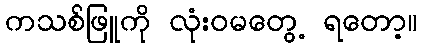
ကသစ်ဖြူကို လုံးဝမတွေ့ ရတော့။